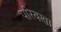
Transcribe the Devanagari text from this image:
परिक्खा